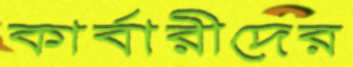
কার্বারীদের